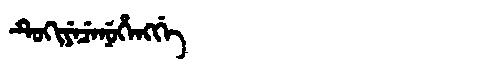
Manchu: ᡨᡠᡴᡳᠶᡝᠴᡝᠨᡠᡥᡝᠩᡤᡝ
Romanization: TUKIYECENUHENGGE